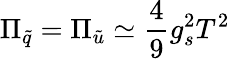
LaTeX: \Pi_{\tilde{q}}=\Pi_{\tilde{u}}\simeq\frac{4}{9}g_{s}^{2}T^{2}